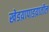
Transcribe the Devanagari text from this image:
खेडय़ापाडय़ातील